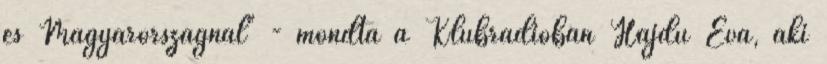
és Magyarországnál" - mondta a Klubrádióban Hajdú Éva, aki